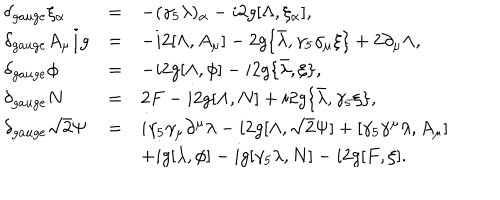
\begin{array} { l c l } { { \delta _ { g a u g e } \xi _ { \alpha } } } & { { = } } & { { - ( \gamma _ { 5 } \lambda ) _ { \alpha } - i 2 g [ \Lambda , \xi _ { \alpha } ] , } } \\ { { \displaystyle \delta _ { g a u g e } A _ { \mu } / g } } & { { = } } & { { - i 2 [ \Lambda , A _ { \mu } ] - 2 g \{ \bar { \lambda } , \gamma _ { 5 } \gamma _ { \mu } \xi \} + 2 \partial _ { \mu } \Lambda , } } \\ { { \delta _ { g a u g e } \phi } } & { { = } } & { { - i 2 g [ \Lambda , \phi ] - i 2 g \{ \bar { \lambda } , \xi \} , } } \\ { { \delta _ { g a u g e } N } } & { { = } } & { { 2 F - i 2 g [ \Lambda , N ] + i 2 g \{ \bar { \lambda } , \gamma _ { 5 } \xi \} , } } \\ { { \delta _ { g a u g e } \sqrt { 2 } \Psi } } & { { = } } & { { i \gamma _ { 5 } \gamma _ { \mu } \partial ^ { \mu } \lambda - i 2 g [ \Lambda , \sqrt { 2 } \Psi ] + [ \gamma _ { 5 } \gamma ^ { \mu } \lambda , A _ { \mu } ] } } \\ { { } } & { { } } & { { + i g [ \lambda , \phi ] - i g [ \gamma _ { 5 } \lambda , N ] - i 2 g [ F , \xi ] . } } \\ \end{array}